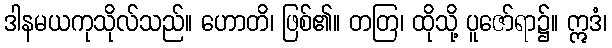
ဒါနမယကုသိုလ်သည်။ ဟောတိ၊ ဖြစ်၏။ တတြ၊ ထိုသို့ ပူဇော်ရာ၌။ ဣဒံ၊